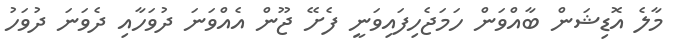
މާލެ އޮޑިޝަން ބާއްވަން ހަމަޖެހިފައިވަނީ ފެށޭ ޖޫން އެއްވަނަ ދުވަހާއި ދެވަނަ ދުވަހު